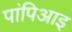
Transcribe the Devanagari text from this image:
पांपिआइ